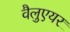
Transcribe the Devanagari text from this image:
वैलुएयर